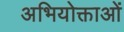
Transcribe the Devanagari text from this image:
अभियोक्ताओं